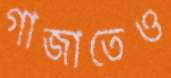
গাজাতেও